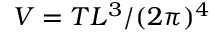
V = T L ^ { 3 } / ( 2 \pi ) ^ { 4 }